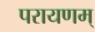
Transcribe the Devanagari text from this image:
परायणम्